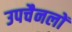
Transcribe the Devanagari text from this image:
उपचैनलों